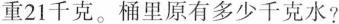
重21千克。桶里原有多少千克水?